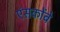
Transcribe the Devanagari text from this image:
एंसकोंबे